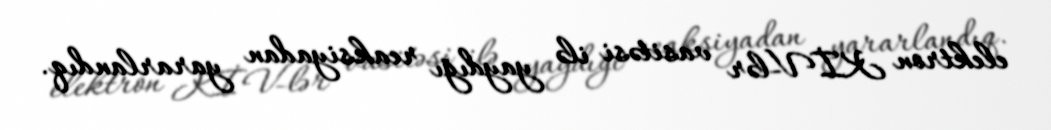
elektron KİV-lər vasitəsi ilə yaydığı reaksiyadan yararlandıq.